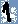
Text: 1